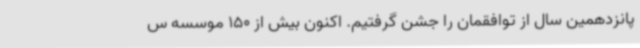
پانزدهمین سال از توافقمان را جشن گرفتیم. اکنون بیش از 150 موسسه س